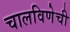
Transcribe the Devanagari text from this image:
चालविणेची